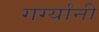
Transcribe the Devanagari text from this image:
गर्ग्यांनी